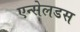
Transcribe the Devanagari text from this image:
एन्सेलडस